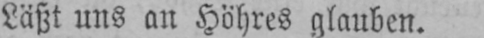
Läßt uns an Höhres glauben.